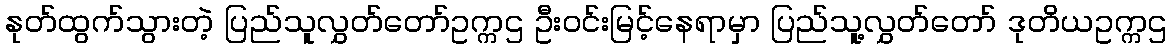
နုတ်ထွက်သွားတဲ့ ပြည်သူလွှတ်တော်ဥက္ကဌ ဦးဝင်းမြင့်နေရာမှာ ပြည်သူ့လွှတ်တော် ဒုတိယဥက္ကဌ